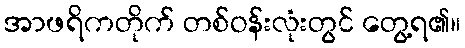
အာဖရိကတိုက် တစ်ဝန်းလုံးတွင် တွေ့ရ၏။